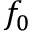
f _ { 0 }